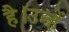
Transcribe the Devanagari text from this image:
है।उन्हें